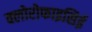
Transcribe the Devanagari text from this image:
क्लोरोफाइसिई